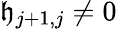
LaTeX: \mathfrak{h}_{j+1,j}\neq0